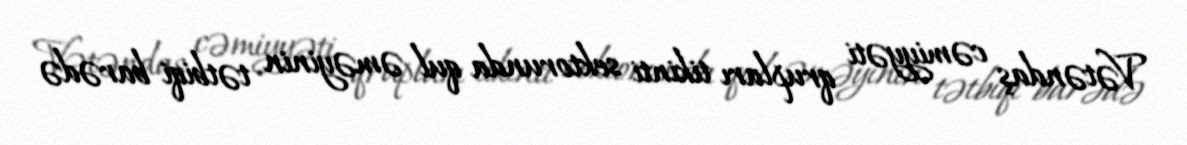
Vətəndaş cəmiyyəti qrupları tikinti sektorunda qul əməyinin tətbiqi barədə